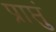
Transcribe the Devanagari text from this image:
प्राप्तुं